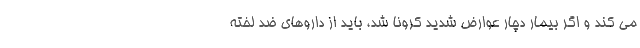
می کند و اگر بیمار دچار عوارض شدید کرونا شد، باید از داروهای ضد لخته